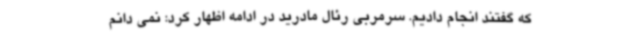
که گفتند انجام دادیم. سرمربی رئال مادرید در ادامه اظهار کرد: نمی دانم